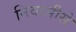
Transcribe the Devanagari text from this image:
निवासीसे